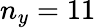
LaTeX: n_{y}=11